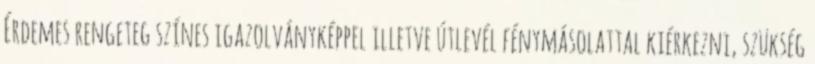
Érdemes rengeteg színes igazolványképpel illetve útlevél fénymásolattal kiérkezni, szükség